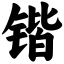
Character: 锴